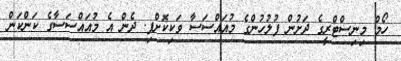
ހޯމް މިނިސްޓްރީގެ ދަށުން ފުލުހުންގެ މުއައްސަސާ ވަކިކޮށްފި. ދެން އެ މުއައްސަސާގެ ކަންކަން